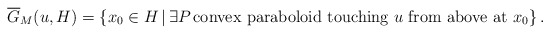
\begin{align*}\overline{G}_{M}(u,H)=\left\{ x_0\in H\,|\,\exists P\,\mbox{convex paraboloid touching $u$ from above at $x_0$}\right\}.\end{align*}